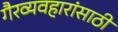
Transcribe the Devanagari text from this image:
गैरव्यवहारांसाठी